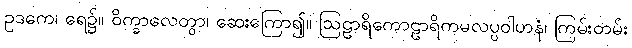
ဥဒကေ၊ ရေ၌။ ဝိက္ခာလေတွာ၊ ဆေးကြော၍။ ဩဠာရိကောဠာရိကမလပ္ပဝါဟနံ၊ ကြမ်းတမ်း